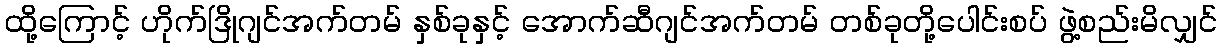
ထို့ကြောင့် ဟိုက်ဒြိုဂျင်အက်တမ် နှစ်ခုနှင့် အောက်ဆီဂျင်အက်တမ် တစ်ခုတို့ပေါင်းစပ် ဖွဲ့စည်းမိလျှင်